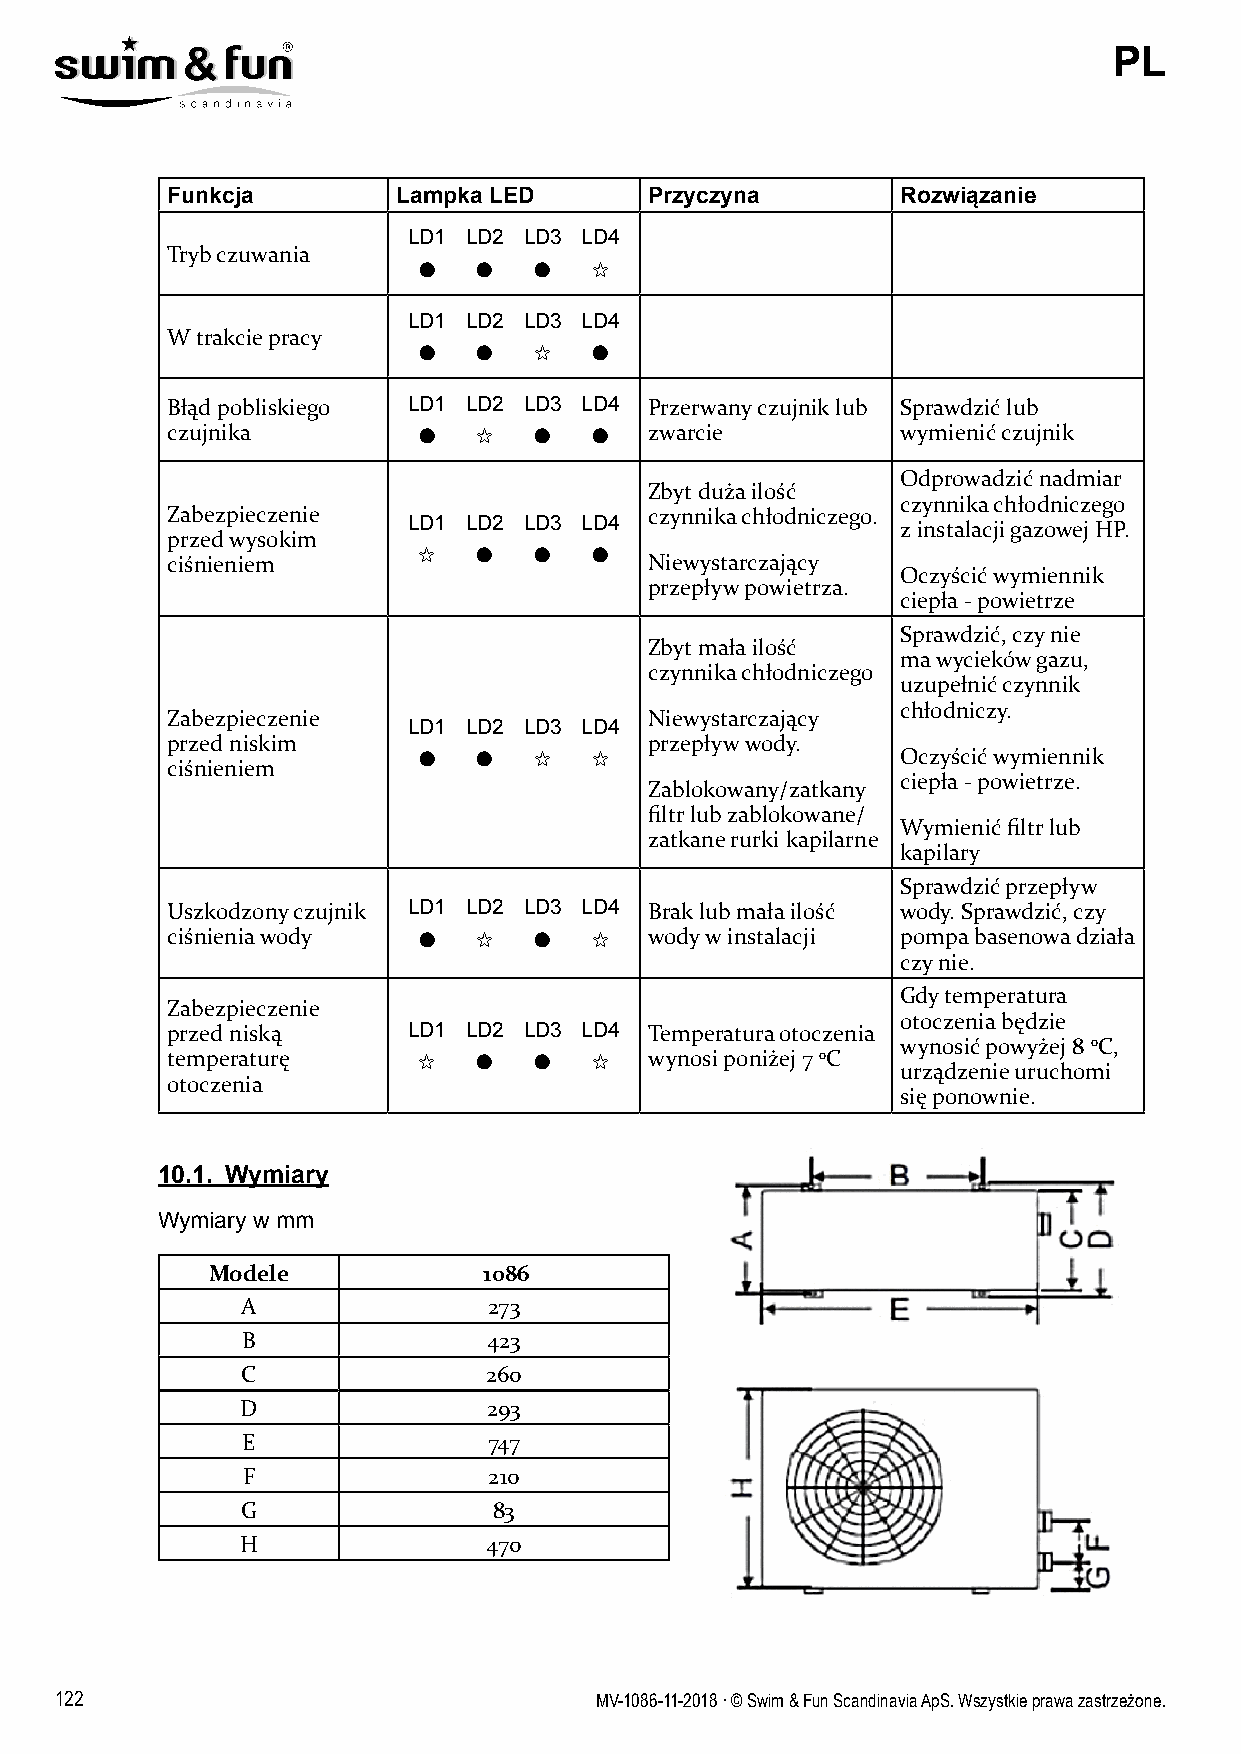
PL
 Funkcja        Lampka LED       Przyczyna        Rozwiązanie
 LD1 LD2 LD3 LD4
 Tryb czuwania
 ●   ●  ●   ✩
 LD1 LD2 LD3 LD4
 W trakcie pracy
 ●   ●  ✩   ●
 Błąd pobliskiego LD1 LD2 LD3 LD4 Przerwany czujnik lub Sprawdzić lub
 czujnika         ●   ✩  ●   ●   zwarcie          wymienić czujnik
 Odprowadzić nadmiar
 Zbyt duża ilość
 czynnika chłodniczego
 Zabezpieczenie                  czynnika chłodniczego.
 LD1 LD2 LD3 LD4                  z instalacji gazowej HP.
 przed wysokim
 ✩   ●  ●   ●
 ciśnieniem                      Niewystarczający
 Oczyścić wymiennik
 przepływ powietrza.
 ciepła - powietrze
 Sprawdzić, czy nie
 Zbyt mała ilość
 ma wycieków gazu,
 czynnika chłodniczego
 uzupełnić czynnik
 chłodniczy.
 Zabezpieczenie                  Niewystarczający
 LD1 LD2 LD3 LD4
 przed niskim                    przepływ wody.
 ●   ●  ✩   ✩                    Oczyścić wymiennik
 ciśnieniem
 ciepła - powietrze.
 Zablokowany/zatkany
 filtr lub zablokowane/
 Wymienić filtr lub
 zatkane rurki kapilarne
 kapilary
 Sprawdzić przepływ
 Uszkodzony czujnik LD1 LD2 LD3 LD4 Brak lub mała ilość wody. Sprawdzić, czy
 ciśnienia wody   ●   ✩  ●   ✩   wody w instalacji pompa basenowa działa
 czy nie.
 Gdy temperatura
 Zabezpieczenie
 otoczenia będzie
 przed niską     LD1 LD2 LD3 LD4 Temperatura otoczenia
 wynosić powyżej 8 oC,
 temperaturę      ✩   ●  ●   ✩   wynosi poniżej 7 oC
 urządzenie uruchomi
 otoczenia
 się ponownie.
 10.1. Wymiary
 Wymiary w mm
 Modele            1086
 A               273
 B               423
 C               260
 D               293
 E               747
 F               210
 G                83
 H               470
 122                                MV-1086-11-2018 . © Swim & Fun Scandinavia ApS. Wszystkie prawa zastrzeżone.